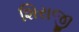
શિરાજી